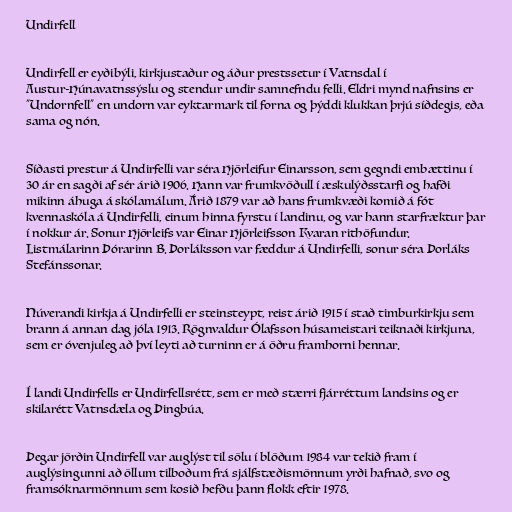
Undirfell

Undirfell er eyðibýli, kirkjustaður og áður prestssetur í Vatnsdal í
Austur-Húnavatnssýslu og stendur undir samnefndu felli. Eldri mynd nafnsins er
"Undornfell" en undorn var eyktarmark til forna og þýddi klukkan þrjú síðdegis, eða
sama og nón.

Síðasti prestur á Undirfelli var séra Hjörleifur Einarsson, sem gegndi embættinu í
30 ár en sagði af sér árið 1906. Hann var frumkvöðull í æskulýðsstarfi og hafði
mikinn áhuga á skólamálum. Árið 1879 var að hans frumkvæði komið á fót
kvennaskóla á Undirfelli, einum hinna fyrstu í landinu, og var hann starfræktur þar
í nokkur ár. Sonur Hjörleifs var Einar Hjörleifsson Kvaran rithöfundur.
Listmálarinn Þórarinn B. Þorláksson var fæddur á Undirfelli, sonur séra Þorláks
Stefánssonar.

Núverandi kirkja á Undirfelli er steinsteypt, reist árið 1915 í stað timburkirkju sem
brann á annan dag jóla 1913. Rögnvaldur Ólafsson húsameistari teiknaði kirkjuna,
sem er óvenjuleg að því leyti að turninn er á öðru framhorni hennar.

Í landi Undirfells er Undirfellsrétt, sem er með stærri fjárréttum landsins og er
skilarétt Vatnsdæla og Þingbúa.

Þegar jörðin Undirfell var auglýst til sölu í blöðum 1984 var tekið fram í
auglýsingunni að öllum tilboðum frá sjálfstæðismönnum yrði hafnað, svo og
framsóknarmönnum sem kosið hefðu þann flokk eftir 1978.